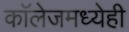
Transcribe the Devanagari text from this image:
काॅलेजमध्येही